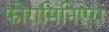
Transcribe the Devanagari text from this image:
फोरामिनिऐरा